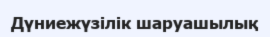
Дүниежүзілік шаруашылық